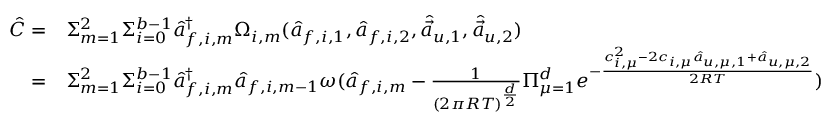
\begin{array} { r l } { \hat { C } = } & { \Sigma _ { m = 1 } ^ { 2 } \Sigma _ { i = 0 } ^ { b - 1 } \hat { a } _ { f , i , m } ^ { \dagger } \Omega _ { i , m } ( \hat { a } _ { f , i , 1 } , \hat { a } _ { f , i , 2 } , \hat { \vec { a } } _ { u , 1 } , \hat { \vec { a } } _ { u , 2 } ) } \\ { = } & { \Sigma _ { m = 1 } ^ { 2 } \Sigma _ { i = 0 } ^ { b - 1 } \hat { a } _ { f , i , m } ^ { \dagger } \hat { a } _ { f , i , m - 1 } \omega ( \hat { a } _ { f , i , m } - \frac { 1 } { ( 2 \pi R T ) ^ { \frac { d } { 2 } } } \Pi _ { \mu = 1 } ^ { d } e ^ { - \frac { c _ { i , \mu } ^ { 2 } - 2 c _ { i , \mu } \hat { a } _ { u , \mu , 1 } + \hat { a } _ { u , \mu , 2 } } { 2 R T } } ) } \end{array}